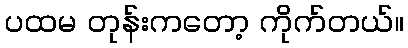
ပထမ တုန်းကတော့ ကိုက်တယ်။